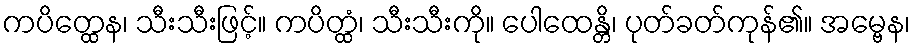
ကပိတ္ထေန၊ သီးသီးဖြင့်။ ကပိတ္ထံ၊ သီးသီးကို။ ပေါထေန္တိ၊ ပုတ်ခတ်ကုန်၏။ အမ္ဗေန၊